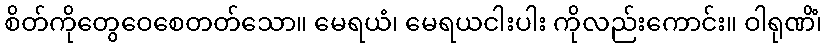
စိတ်ကိုတွေဝေစေတတ်သော။ မေရယံ၊ မေရယငါးပါး ကိုလည်းကောင်း။ ဝါရုဏိံ၊